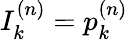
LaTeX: I_{k}^{(n)}=p_{k}^{(n)}